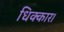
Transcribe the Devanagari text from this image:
धिक्कार।